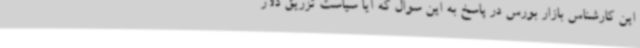
این کارشناس بازار بورس در پاسخ به این سوال که آیا سیاست تزریق دلار